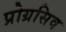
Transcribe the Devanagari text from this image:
प्रोग्रसिव